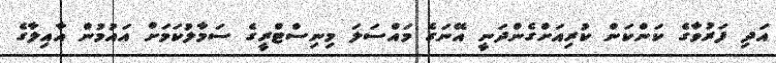
އަދި ފަރުވާގެ ކަންކަން ކުރިއަށްގެންދަނީ އޭނަގެ މައްސަލަ މިނިސްޓްރީގެ ސަމާލުކަމަށް އައުމުން އާއިލާގެ